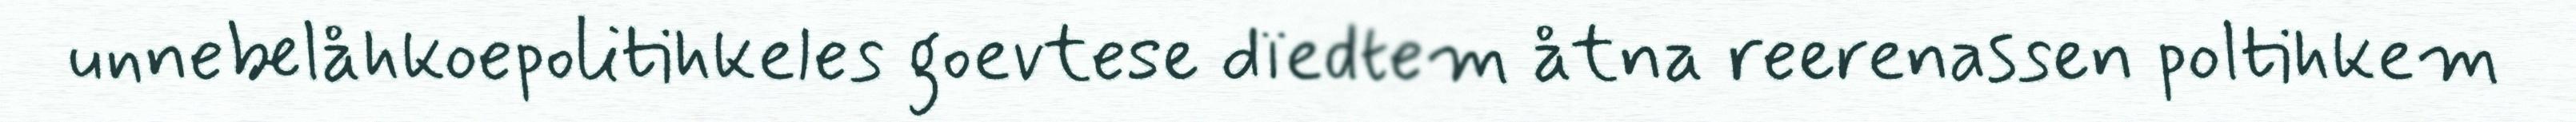
unnebelåhkoepolitihkeles goevtese dïedtem åtna reerenassen poltihkem